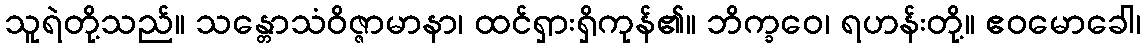
သူရဲတို့သည်။ သန္တောသံဝိဇ္ဇာမာနာ၊ ထင်ရှားရှိကုန်၏။ ဘိက္ခဝေ၊ ရဟန်းတို့။ ဧဝမောခေါ၊